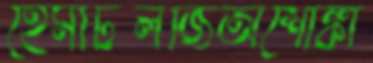
হেমাটলজিঅশোঙ্কা